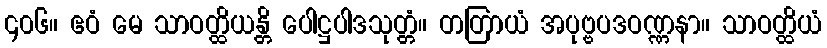
၄၀၆။ ဧဝံ မေ သာဝတ္ထိယန္တိ ပေါဋ္ဌပါဒသုတ္တံ။ တတြာယံ အပုဗ္ဗပဒဝဏ္ဏနာ။ သာဝတ္ထိယံ